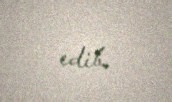
edib.